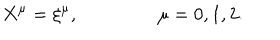
LaTeX: X ^ { \mu } = \xi ^ { \mu } , \qquad \qquad \ \mu = 0 , 1 , 2 .